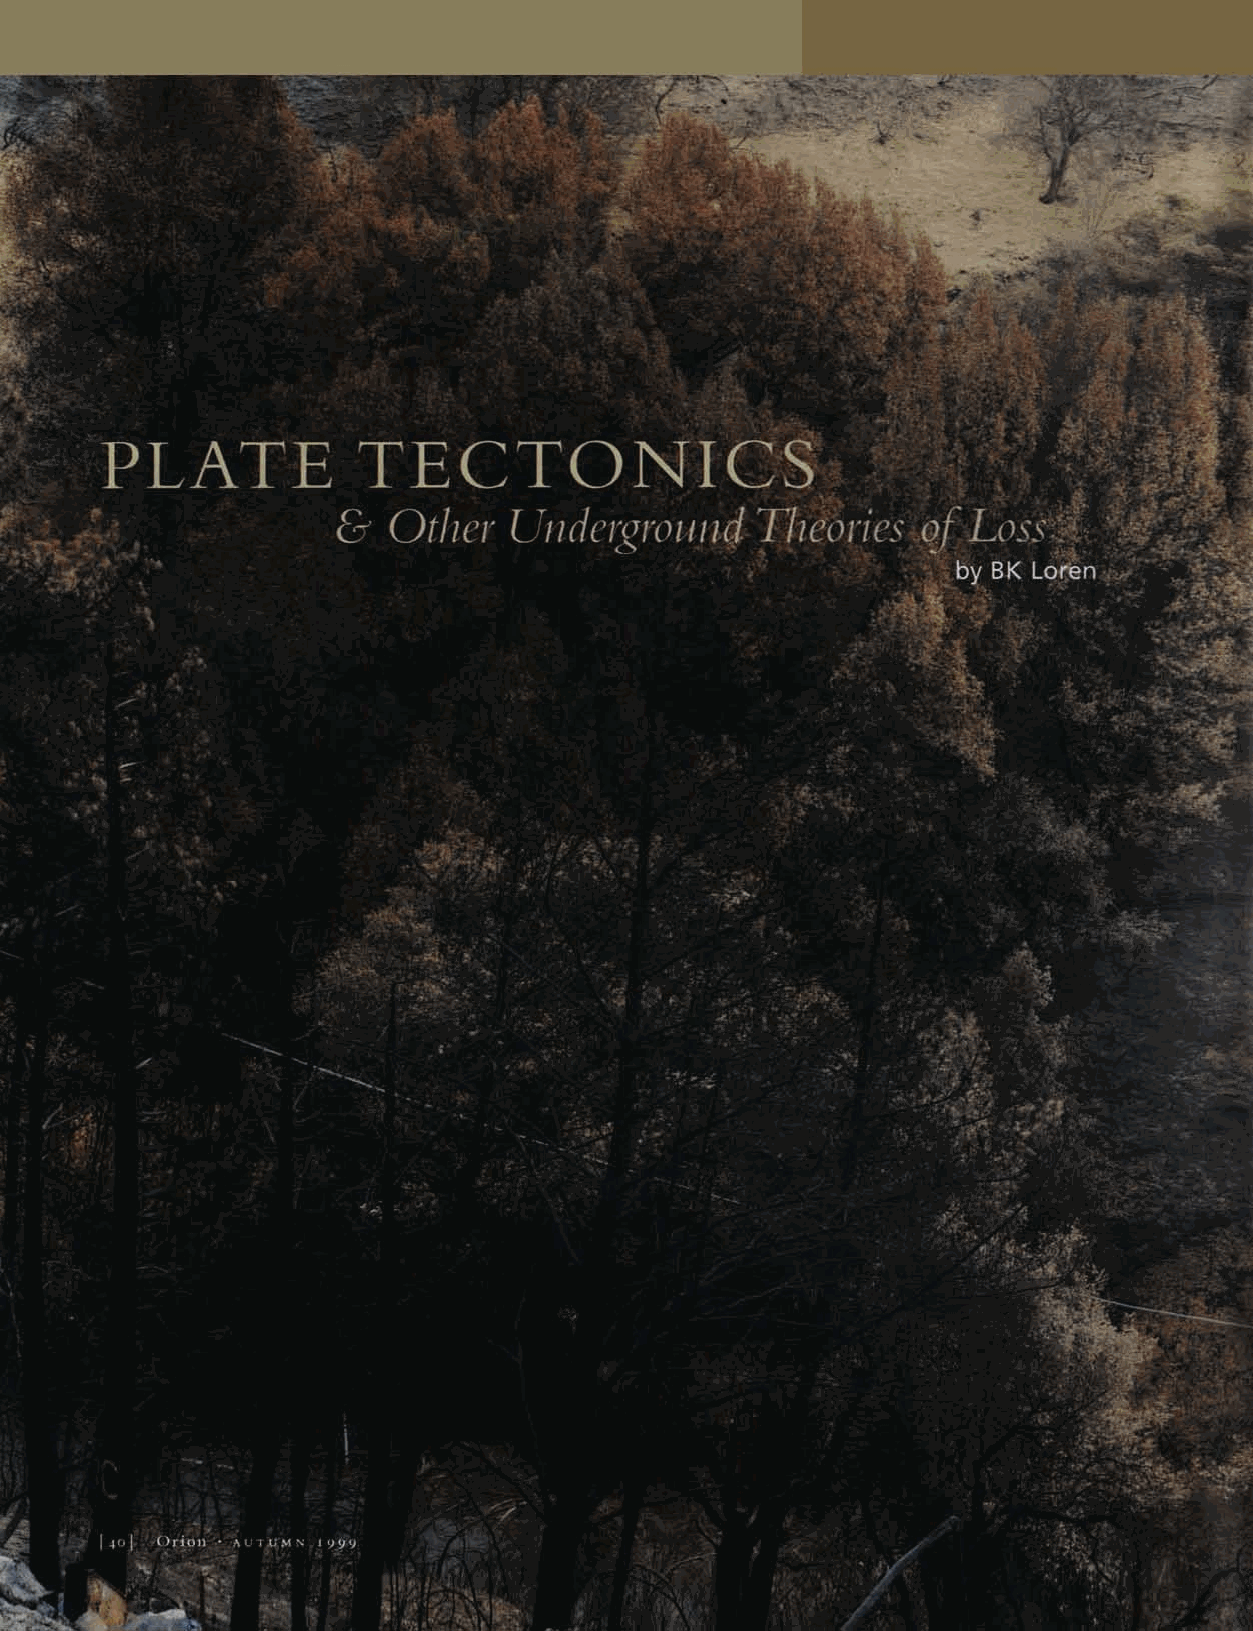
PLATE            T  E   C  T  O   N   I CS
 &  Other   Underground     Theories   of  Loss
 by BK Loren
 [40]. -Orion • AUIAIMN 1999